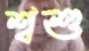
শ্বশু